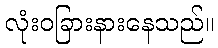
လုံးဝခြားနားနေသည်။